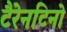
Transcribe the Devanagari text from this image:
टैरेनटिनो